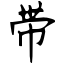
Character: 带